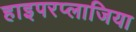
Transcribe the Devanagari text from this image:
हाइपरप्लाजिया